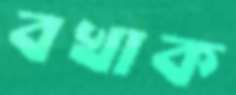
বখাক